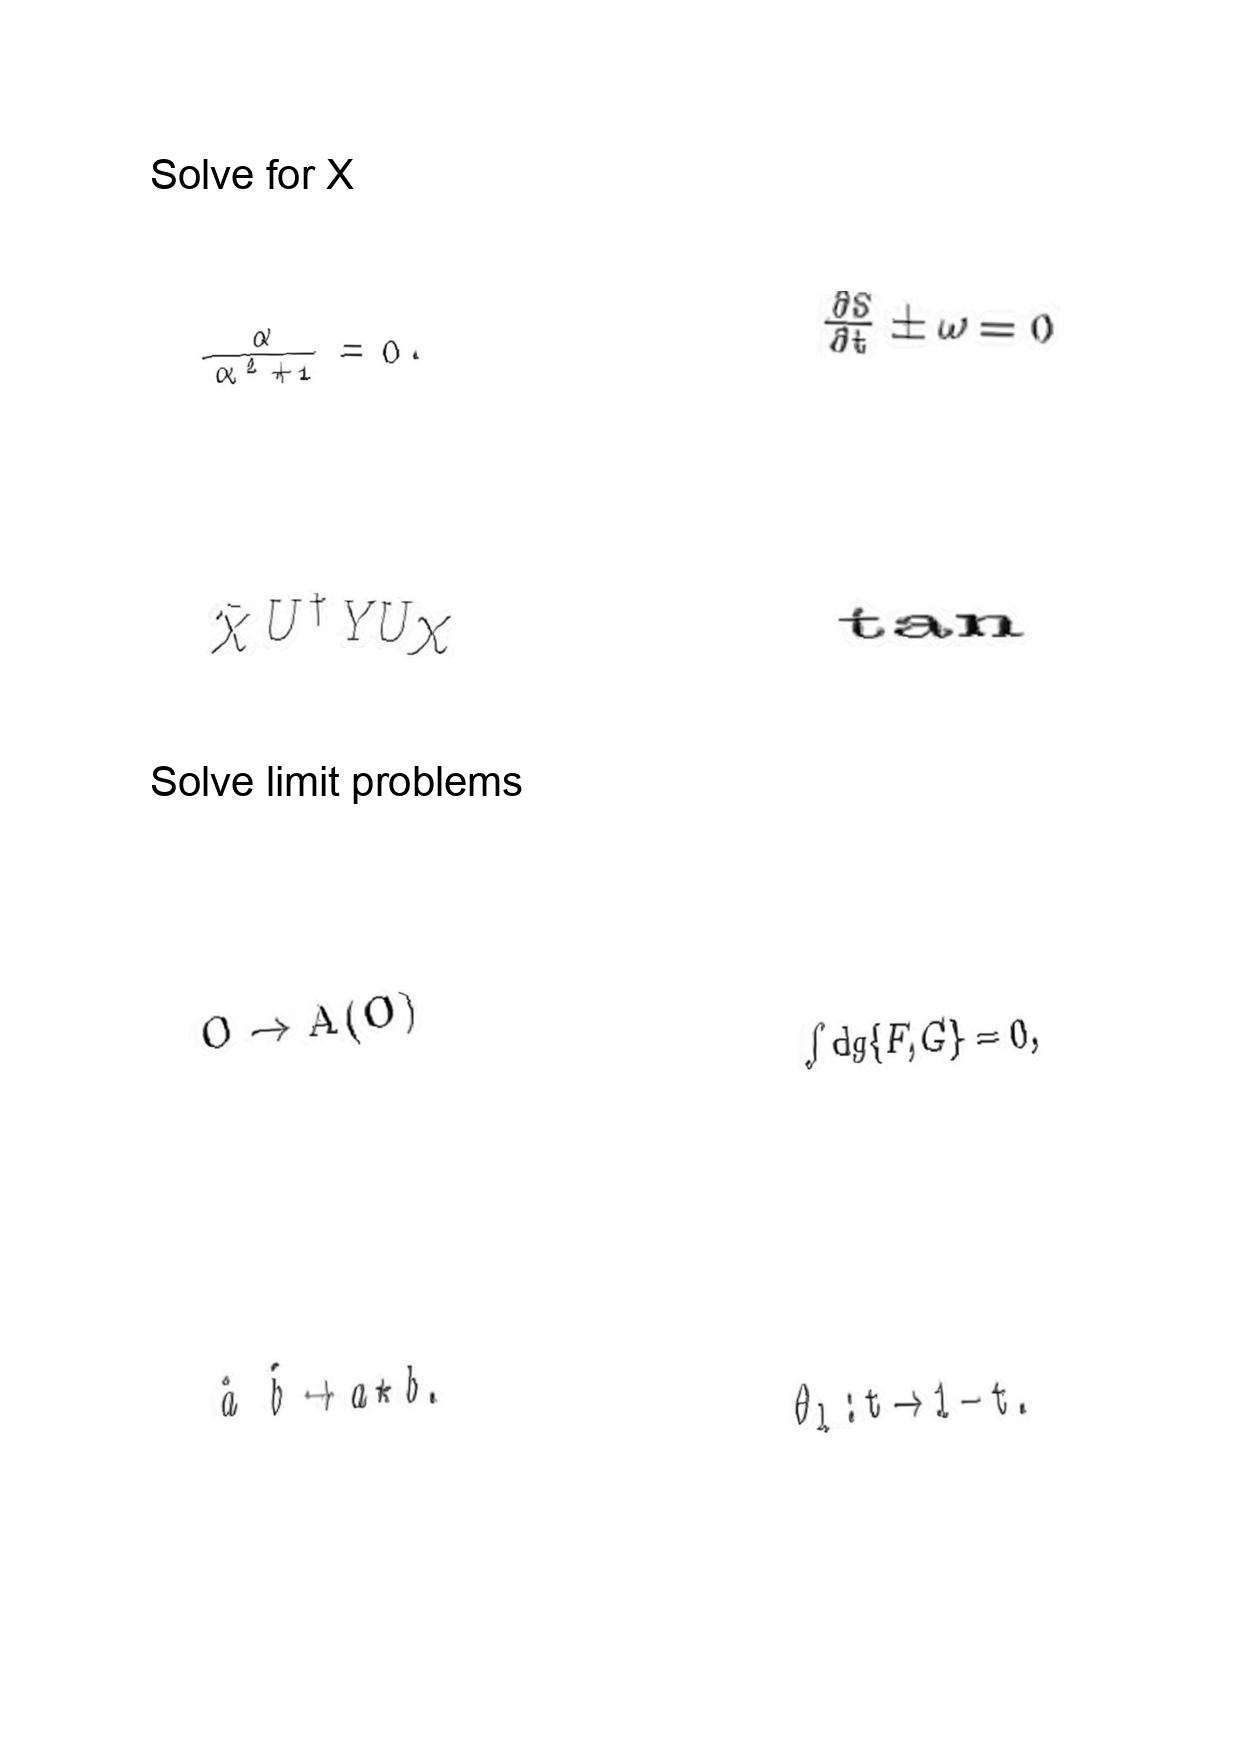
LaTeX transcription:
\frac { \alpha } { \alpha ^ { 2 } + 1 } = 0 .
\bar { \chi } U ^ { \dag } Y U \chi
O \rightarrow A \lparen O \rparen
\hat { a } \hat { b } \rightarrow a \star b .
\frac { \partial S } { \partial t } \pm \omega = 0
\tan
\int \mathrm { d } g \lbrace F , G \rbrace = 0 ,
\theta _ { l } : t \rightarrow 1 - t .